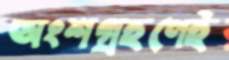
অংশগ্রহণেই